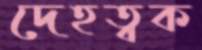
দেহত্বক